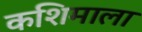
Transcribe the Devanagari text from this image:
कशिमाला